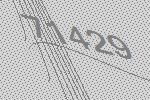
71429